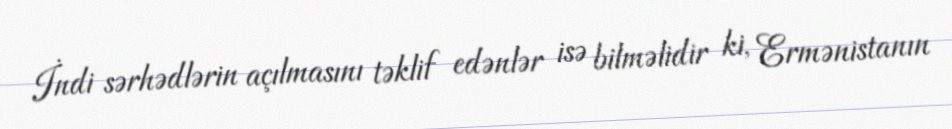
İndi sərhədlərin açılmasını təklif edənlər isə bilməlidir ki, Ermənistanın